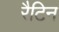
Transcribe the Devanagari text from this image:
रैटिन